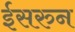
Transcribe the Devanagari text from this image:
ईसरुन